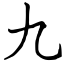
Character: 九